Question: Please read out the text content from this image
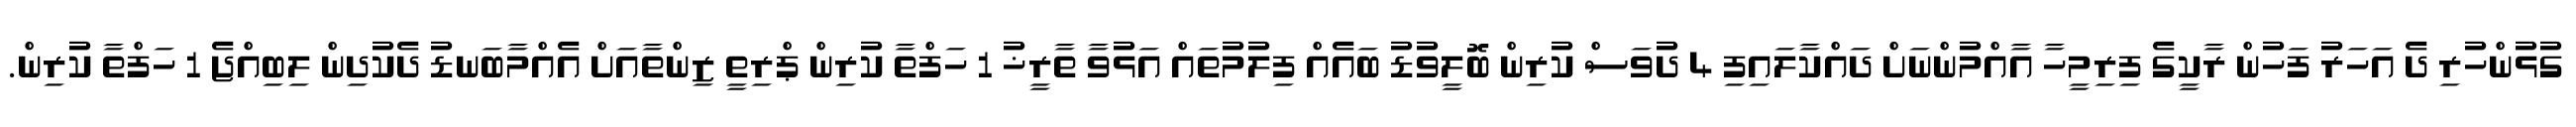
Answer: ގުޅުންހުރި ދެ އަހަރު ފަހުން ރާކީގެ ފިރިމީހާ އާއްމުންނަށް ދައްކާލައިފި 4 ދުވަސް ކުރިން ބޮލީވުޑު ބައެއް ފިލުމުތައް އަޅުވާ ތާރީޚު 1 ހަފްތާ ކުރިން ޕްރިތީ ޒިންތާއަށް އެއްމާބަނޑު ދެކުދިން ލިބިއްޖެ 1 ހަފްތާ ކުރިން.